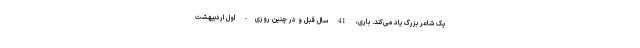
یک شاعر بزرگ یاد می‌کند. باری، 41 سال قبل و در چنین روزی- اول اردیبهشت